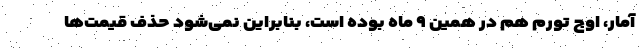
آمار، اوج تورم هم در همین ۹ ماه بوده است، بنابراین نمی‌شود حذف قیمت‌ها